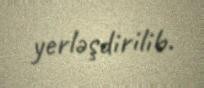
yerləşdirilib.